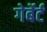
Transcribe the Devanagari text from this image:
गेर्बेर्ट